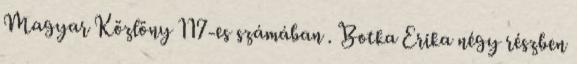
Magyar Közlöny 117-es számában . Botka Erika négy részben